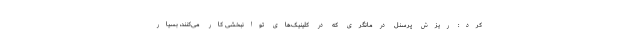
کرد: ریزش پرسنل درمانگری که در کلینیک‌های توانبخشی کار می‌کنند، بسیار